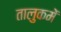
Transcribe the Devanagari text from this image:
तालुकमें